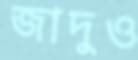
জাদুও